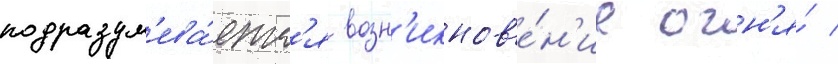
подразум'ева́етс'я возн'икнов'е́н'ие огн'я́ /